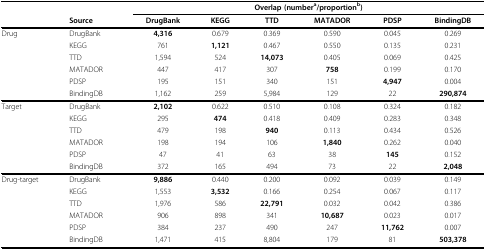
<table><thead><tr><td></td><td></td><td colspan="6"><b>Overlap (number<sup>a</sup>/proportion<sup>b</sup>)</b></td></tr><tr><td></td><td><b>Source</b></td><td><b>DrugBank</b></td><td><b>KEGG</b></td><td><b>TTD</b></td><td><b>MATADOR</b></td><td><b>PDSP</b></td><td><b>BindingDB</b></td></tr></thead><tbody><tr><td>Drug</td><td>DrugBank</td><td><b>4,316</b></td><td>0.679</td><td>0.369</td><td>0.590</td><td>0.045</td><td>0.269</td></tr><tr><td></td><td>KEGG</td><td>761</td><td><b>1,121</b></td><td>0.467</td><td>0.550</td><td>0.135</td><td>0.231</td></tr><tr><td></td><td>TTD</td><td>1,594</td><td>524</td><td><b>14,073</b></td><td>0.405</td><td>0.069</td><td>0.425</td></tr><tr><td></td><td>MATADOR</td><td>447</td><td>417</td><td>307</td><td><b>758</b></td><td>0.199</td><td>0.170</td></tr><tr><td></td><td>PDSP</td><td>195</td><td>151</td><td>340</td><td>151</td><td><b>4,947</b></td><td>0.004</td></tr><tr><td></td><td>BindingDB</td><td>1,162</td><td>259</td><td>5,984</td><td>129</td><td>22</td><td><b>290,874</b></td></tr><tr><td>Target</td><td>DrugBank</td><td><b>2,102</b></td><td>0.622</td><td>0.510</td><td>0.108</td><td>0.324</td><td>0.182</td></tr><tr><td></td><td>KEGG</td><td>295</td><td><b>474</b></td><td>0.418</td><td>0.409</td><td>0.283</td><td>0.348</td></tr><tr><td></td><td>TTD</td><td>479</td><td>198</td><td><b>940</b></td><td>0.113</td><td>0.434</td><td>0.526</td></tr><tr><td></td><td>MATADOR</td><td>198</td><td>194</td><td>106</td><td><b>1,840</b></td><td>0.262</td><td>0.040</td></tr><tr><td></td><td>PDSP</td><td>47</td><td>41</td><td>63</td><td>38</td><td><b>145</b></td><td>0.152</td></tr><tr><td></td><td>BindingDB</td><td>372</td><td>165</td><td>494</td><td>73</td><td>22</td><td><b>2,048</b></td></tr><tr><td>Drug-target</td><td>DrugBank</td><td><b>9,886</b></td><td>0.440</td><td>0.200</td><td>0.092</td><td>0.039</td><td>0.149</td></tr><tr><td></td><td>KEGG</td><td>1,553</td><td><b>3,532</b></td><td>0.166</td><td>0.254</td><td>0.067</td><td>0.117</td></tr><tr><td></td><td>TTD</td><td>1,976</td><td>586</td><td><b>22,791</b></td><td>0.032</td><td>0.042</td><td>0.386</td></tr><tr><td></td><td>MATADOR</td><td>906</td><td>898</td><td>341</td><td><b>10,687</b></td><td>0.023</td><td>0.017</td></tr><tr><td></td><td>PDSP</td><td>384</td><td>237</td><td>490</td><td>247</td><td><b>11,762</b></td><td>0.007</td></tr><tr><td></td><td>BindingDB</td><td>1,471</td><td>415</td><td>8,804</td><td>179</td><td>81</td><td><b>503,378</b></td></tr></tbody></table>